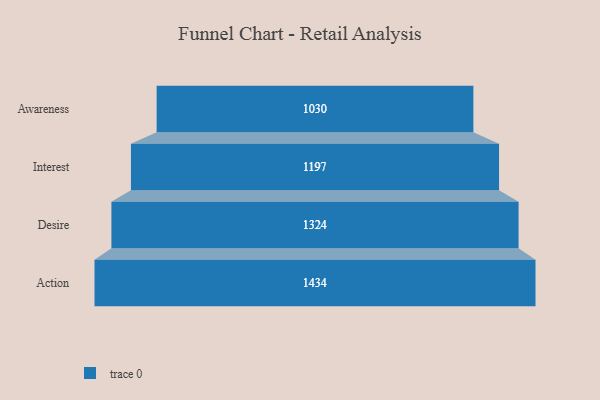
{"axis": {"x": "Stage", "y": "Value"}, "legend": [""], "data": [{"x": "Awareness", "y": 1030.0, "type": ""}, {"x": "Interest", "y": 1197.0, "type": ""}, {"x": "Desire", "y": 1324.0, "type": ""}, {"x": "Action", "y": 1434.0, "type": ""}]}